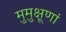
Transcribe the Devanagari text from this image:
मुमुक्षूणां